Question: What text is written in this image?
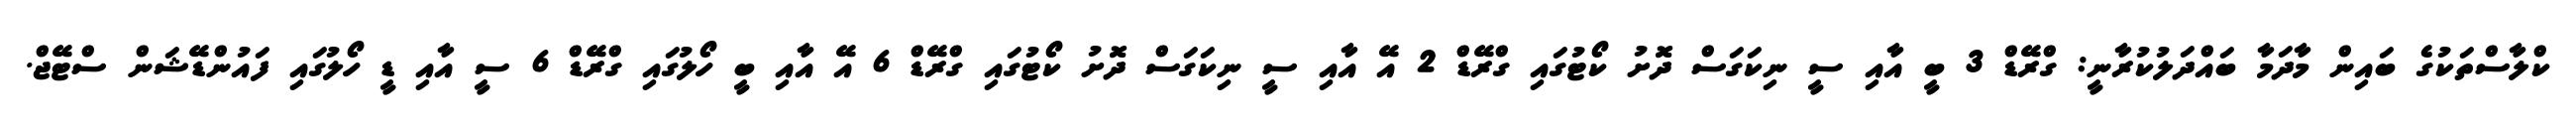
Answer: ކްލާސްތަކުގެ ބައިން މާދަމާ ބައްދަލުކުރާނީ: ގްރޭޑް 3 ބީ އާއި ސީ ނިކަގަސް ދޮށު ކޯޓުގައި ގްރޭޑް 2 އޭ އާއި ސީ ނިކަގަސް ދޮށު ކޯޓުގައި ގްރޭޑް 6 އޭ އާއި ބީ ހޯލުގައި ގްރޭޑް 6 ސީ އާއި ޑީ ހޯލުގައި ފައުންޑޭޝަން ސްޓޭޖް.